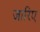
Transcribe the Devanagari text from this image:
जारिए